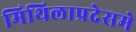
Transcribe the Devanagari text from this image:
मिथिलाप्रदेसमे